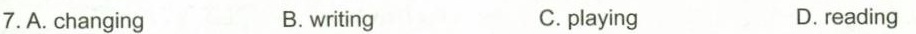
7.A.Changing B.writing C.playing D. reading